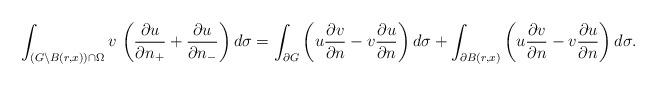
LaTeX: \begin{align*}\int_{(G\setminus B(r,x))\cap\Omega} v\, \left( \frac{\partial u}{\partial n_{+}} + \frac{\partial u}{\partial n_{-}} \right) d\sigma = \int_{\partial G} \left( u \frac{\partial v}{\partial n} - v \frac{\partial u}{\partial n} \right) d\sigma + \int_{\partial B(r,x)} \left( u \frac{\partial v}{\partial n} - v \frac{\partial u}{\partial n} \right) d\sigma.\end{align*}